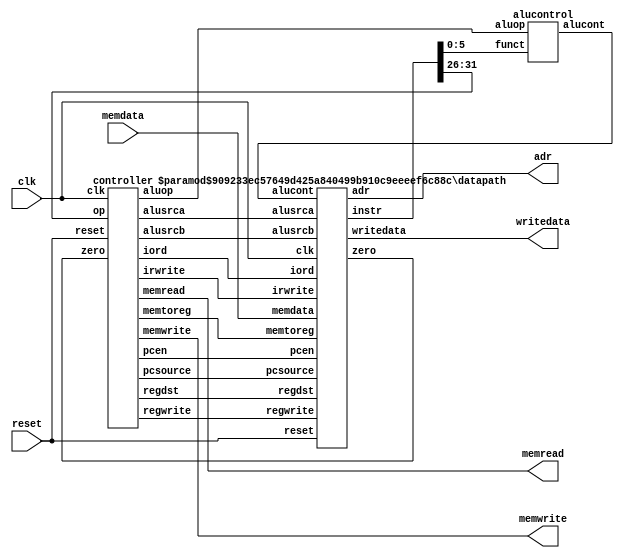
// Verilog HDL for "exmem", "mips" "behavioral"

//-------------------------------------------------------
// mips.v
// Max Yi (byyi@hmc.edu) and David_Harris@hmc.edu 12/9/03
// Model of subset of MIPS processor described in Ch 1
//
// Modified by Erik Brunvand to have consistent 
// little endian byte ordering for reading and writing
// 
// Note that this uses Verilog 2001 syntax
//-------------------------------------------------------


// simplified MIPS processor
module mips #(parameter WIDTH = 8, REGBITS = 3)
             (input              clk, reset, 
              input  [WIDTH-1:0] memdata, 
              output             memread, memwrite, 
              output [WIDTH-1:0] adr, writedata);

   wire [31:0] instr;
   wire        zero, alusrca, memtoreg, iord, pcen, regwrite, regdst;
   wire [1:0]  aluop,pcsource,alusrcb;
   wire [3:0]  irwrite;
   wire [2:0]  alucont;

   controller  cont(clk, reset, instr[31:26], zero, memread, memwrite, 
                    alusrca, memtoreg, iord, pcen, regwrite, regdst,
                    pcsource, alusrcb, aluop, irwrite);
   alucontrol  ac(aluop, instr[5:0], alucont);
   datapath    #(WIDTH, REGBITS) 
               dp(clk, reset, memdata, alusrca, memtoreg, iord, pcen,
                  regwrite, regdst, pcsource, alusrcb, irwrite, alucont,
                  zero, instr, adr, writedata);
endmodule

module controller(input clk, reset, 
                  input      [5:0] op, 
                  input            zero, 
                  output reg       memread, memwrite, alusrca, memtoreg, iord, 
                  output           pcen, 
                  output reg       regwrite, regdst, 
                  output reg [1:0] pcsource, alusrcb, aluop, 
                  output reg [3:0] irwrite);

   parameter   FETCH1  =  4'b0001;
   parameter   FETCH2  =  4'b0010;
   parameter   FETCH3  =  4'b0011;
   parameter   FETCH4  =  4'b0100;
   parameter   DECODE  =  4'b0101;
   parameter   MEMADR  =  4'b0110;
   parameter   LBRD    =  4'b0111;
   parameter   LBWR    =  4'b1000;
   parameter   SBWR    =  4'b1001;
   parameter   RTYPEEX =  4'b1010;
   parameter   RTYPEWR =  4'b1011;
   parameter   BEQEX   =  4'b1100;
   parameter   JEX     =  4'b1101;
	parameter 	ADDIEX  =  4'b1110;		// addi needs to execute through ALU
	parameter	ADDIWR  =  4'b1111;		// addi result needs to be written

   parameter   LB      =  6'b100000;
   parameter   SB      =  6'b101000;
   parameter   RTYPE   =  6'b000000;
   parameter   BEQ     =  6'b000100;
   parameter   J       =  6'b000010;
	parameter	ADDI	  =  6'b001000;	// addi needs an opcode
	
   reg [3:0] state, nextstate;
   reg       pcwrite, pcwritecond;

   // state register
   always @(posedge clk)
      if(reset) state <= FETCH1;
      else state <= nextstate;

   // next state logic
   always @(*)
      begin
         case(state)
            FETCH1:  nextstate <= FETCH2;
            FETCH2:  nextstate <= FETCH3;
            FETCH3:  nextstate <= FETCH4;
            FETCH4:  nextstate <= DECODE;
            DECODE:  case(op)
                        LB:      nextstate <= MEMADR;
                        SB:      nextstate <= MEMADR;
                        RTYPE:   nextstate <= RTYPEEX;
                        BEQ:     nextstate <= BEQEX;
                        J:       nextstate <= JEX;
								ADDI:		nextstate <= ADDIEX;	// if op = addi, execute its function
                        default: nextstate <= FETCH1; // should never happen
                     endcase
            MEMADR:  case(op)
                        LB:      nextstate <= LBRD;
                        SB:      nextstate <= SBWR;
                        default: nextstate <= FETCH1; // should never happen
                     endcase
            LBRD:    nextstate <= LBWR;
            LBWR:    nextstate <= FETCH1;
            SBWR:    nextstate <= FETCH1;
            RTYPEEX: nextstate <= RTYPEWR;
            RTYPEWR: nextstate <= FETCH1;
            BEQEX:   nextstate <= FETCH1;
            JEX:     nextstate <= FETCH1;
				ADDIEX:	nextstate <= ADDIWR;	// addi excecution complete, write
				ADDIWR:	nextstate <= FETCH1;	// addi write completed, what's next?
            default: nextstate <= FETCH1; // DEFAULT CASE should never happen
         endcase
      end

   always @(*)
      begin
            // set all outputs to zero, then conditionally assert just the appropriate ones
            irwrite <= 4'b0000;
            pcwrite <= 0; pcwritecond <= 0;
            regwrite <= 0; regdst <= 0;
            memread <= 0; memwrite <= 0;
            alusrca <= 0; alusrcb <= 2'b00; aluop <= 2'b00;
            pcsource <= 2'b00;
            iord <= 0; memtoreg <= 0;
            case(state)
               FETCH1: 
                  begin
                     memread <= 1; 
                     irwrite <= 4'b0001; // change to reflect new memory
                     alusrcb <= 2'b01;   // get the IR bits in the right spots
                     pcwrite <= 1;       // FETCH 2,3,4 also changed... 
                  end
               FETCH2: 
                  begin
                     memread <= 1;
                     irwrite <= 4'b0010;
                     alusrcb <= 2'b01;
                     pcwrite <= 1;
                  end
               FETCH3:
                  begin
                     memread <= 1;
                     irwrite <= 4'b0100;
                     alusrcb <= 2'b01;
                     pcwrite <= 1;
                  end
               FETCH4:
                  begin
                     memread <= 1;
                     irwrite <= 4'b1000;
                     alusrcb <= 2'b01;
                     pcwrite <= 1;
                  end
               DECODE: alusrcb <= 2'b11;
               MEMADR:
                  begin
                     alusrca <= 1;
                     alusrcb <= 2'b10;
                  end
               LBRD:
                  begin
                     memread <= 1;
                     iord    <= 1;
                  end
               LBWR:
                  begin
                     regwrite <= 1;
                     memtoreg <= 1;
                  end
               SBWR:
                  begin
                     memwrite <= 1;
                     iord     <= 1;
                  end
               RTYPEEX: 
                  begin
                     alusrca <= 1;
                     aluop   <= 2'b10;
                  end
               RTYPEWR:
                  begin
                     regdst   <= 1;
                     regwrite <= 1;
                  end
               BEQEX:
                  begin
                     alusrca     <= 1;
                     aluop       <= 2'b01;
                     pcwritecond <= 1;
                     pcsource    <= 2'b01;
                  end
               JEX:
                  begin
                     pcwrite  <= 1;
                     pcsource <= 2'b10;
                  end
					ADDIEX:								// addi exectution flags
						begin								//
							alusrca 	<= 1;				// Pass through argument a from ALU	
							aluop		<= 2'b00;		// Pre- ALU Mux state
							alusrcb 	<= 2'b10;		// Pass through immidiate
						end
					ADDIWR:								// addi write flags
						begin								//
							regwrite <= 1;				// write to register for LED/HEX ouput
						end
					default
						begin
						end
         endcase
      end
   assign pcen = pcwrite | (pcwritecond & zero); // program counter enable
endmodule

module alucontrol(input      [1:0] aluop, 
                  input      [5:0] funct, 
                  output reg [2:0] alucont);

   always @(*)
      case(aluop)
         2'b00: alucont <= 3'b010;  // add for lb/sb
         2'b01: alucont <= 3'b110;  // sub (for beq)
         default: case(funct)       // R-Type instructions
                     6'b100000: alucont <= 3'b010; // add (for add)
                     6'b100010: alucont <= 3'b110; // subtract (for sub)
                     6'b100100: alucont <= 3'b000; // logical and (for and)
                     6'b100101: alucont <= 3'b001; // logical or (for or)
                     6'b101010: alucont <= 3'b111; // set on less (for slt)
                     default:   alucont <= 3'b101; // should never happen
                  endcase
      endcase
endmodule

module datapath #(parameter WIDTH = 8, REGBITS = 3)
                 (input              clk, reset, 
                  input  [WIDTH-1:0] memdata, 
                  input              alusrca, memtoreg, iord, pcen, regwrite, regdst,
                  input  [1:0]       pcsource, alusrcb, 
                  input  [3:0]       irwrite, 
                  input  [2:0]       alucont, 
                  output             zero, 
                  output [31:0]      instr, 
                  output [WIDTH-1:0] adr, writedata);

   // the size of the parameters must be changed to match the WIDTH parameter
   localparam CONST_ZERO = 8'b0;
   localparam CONST_ONE =  8'b1;

   wire [REGBITS-1:0] ra1, ra2, wa;
   wire [WIDTH-1:0]   pc, nextpc, md, rd1, rd2, wd, a, src1, src2, aluresult,
                          aluout, constx4;

   // shift left constant field by 2
   assign constx4 = {instr[WIDTH-3:0],2'b00};

   // register file address fields
   assign ra1 = instr[REGBITS+20:21];
   assign ra2 = instr[REGBITS+15:16];
   mux2       #(REGBITS) regmux(instr[REGBITS+15:16], instr[REGBITS+10:11], regdst, wa);

   // independent of bit width, load instruction into four 8-bit registers over four cycles
   flopen     #(8)      ir0(clk, irwrite[0], memdata[7:0], instr[7:0]);
   flopen     #(8)      ir1(clk, irwrite[1], memdata[7:0], instr[15:8]);
   flopen     #(8)      ir2(clk, irwrite[2], memdata[7:0], instr[23:16]);
   flopen     #(8)      ir3(clk, irwrite[3], memdata[7:0], instr[31:24]);

   // datapath
   flopenr    #(WIDTH)  pcreg(clk, reset, pcen, nextpc, pc);
   flop       #(WIDTH)  mdr(clk, memdata, md);
   flop       #(WIDTH)  areg(clk, rd1, a);	
   flop       #(WIDTH)  wrd(clk, rd2, writedata);
   flop       #(WIDTH)  res(clk, aluresult, aluout);
   mux2       #(WIDTH)  adrmux(pc, aluout, iord, adr);
   mux2       #(WIDTH)  src1mux(pc, a, alusrca, src1);
   mux4       #(WIDTH)  src2mux(writedata, CONST_ONE, instr[WIDTH-1:0], 
                                constx4, alusrcb, src2);
   mux4       #(WIDTH)  pcmux(aluresult, aluout, constx4, CONST_ZERO, pcsource, nextpc);
   mux2       #(WIDTH)  wdmux(aluout, md, memtoreg, wd);
   regfile    #(WIDTH,REGBITS) rf(clk, regwrite, ra1, ra2, wa, wd, rd1, rd2);
   alu        #(WIDTH) alunit(src1, src2, alucont, aluresult);
   zerodetect #(WIDTH) zd(aluresult, zero);
endmodule

module alu #(parameter WIDTH = 8)
            (input      [WIDTH-1:0] a, b, 
             input      [2:0]       alucont, 
             output reg [WIDTH-1:0] result);

   wire     [WIDTH-1:0] b2, sum, slt;

   assign b2 = alucont[2] ? ~b:b; 
   assign sum = a + b2 + alucont[2];
   // slt should be 1 if most significant bit of sum is 1
   assign slt = sum[WIDTH-1];

   always@(*)
      case(alucont[1:0])
         2'b00: result <= a & b;
         2'b01: result <= a | b;
         2'b10: result <= sum;
         2'b11: result <= slt;
      endcase
endmodule

module regfile #(parameter WIDTH = 8, REGBITS = 3)
                (input                clk, 
                 input                regwrite, 
                 input  [REGBITS-1:0] ra1, ra2, wa, 
                 input  [WIDTH-1:0]   wd, 
                 output [WIDTH-1:0]   rd1, rd2);

   reg  [WIDTH-1:0] RAM [(1<<REGBITS)-1:0];

   // three ported register file
   // read two ports combinationally
   // write third port on rising edge of clock
   // register 0 hardwired to 0
   always @(posedge clk)
      if (regwrite) RAM[wa] <= wd;	

   assign rd1 = ra1 ? RAM[ra1] : 0;
   assign rd2 = ra2 ? RAM[ra2] : 0;
endmodule

module zerodetect #(parameter WIDTH = 8)
                   (input [WIDTH-1:0] a, 
                    output            y);

   assign y = (a==0);
endmodule	

module flop #(parameter WIDTH = 8)
             (input                  clk, 
              input      [WIDTH-1:0] d, 
              output reg [WIDTH-1:0] q);

   always @(posedge clk)
      q <= d;
endmodule

module flopen #(parameter WIDTH = 8)
               (input                  clk, en,
                input      [WIDTH-1:0] d, 
                output reg [WIDTH-1:0] q);

   always @(posedge clk)
      if (en) q <= d;
endmodule

module flopenr #(parameter WIDTH = 8)
                (input                  clk, reset, en,
                 input      [WIDTH-1:0] d, 
                 output reg [WIDTH-1:0] q);
 
   always @(posedge clk)
      if      (reset) q <= 0;
      else if (en)    q <= d;
endmodule

module mux2 #(parameter WIDTH = 8)
             (input  [WIDTH-1:0] d0, d1, 
              input              s, 
              output [WIDTH-1:0] y);

   assign y = s ? d1 : d0; 
endmodule

module mux4 #(parameter WIDTH = 8)
             (input      [WIDTH-1:0] d0, d1, d2, d3,
              input      [1:0]       s, 
              output reg [WIDTH-1:0] y);

   always @(*)
      case(s)
         2'b00: y <= d0;
         2'b01: y <= d1;
         2'b10: y <= d2;
         2'b11: y <= d3;
      endcase
endmodule